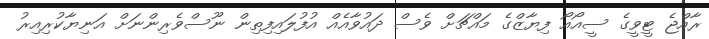
ރާއްޖެ ޓީވީގެ ސީއޯއޯ ފިޔާޒްގެ މައްޗަށް ވެސް ދައުވާއެއް އުފުލައިފިތިން ނޫސްވެރިންނަށް އަނިޔާކުރިއިރު